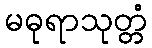
မဓုရာသုတ္တံ